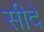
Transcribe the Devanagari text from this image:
सीदे